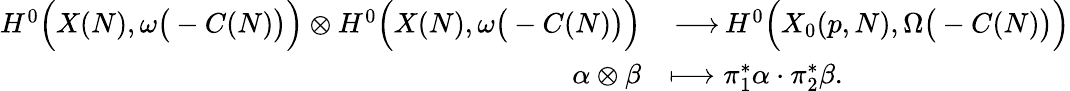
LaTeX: \begin{array}{rl}{H^{0}\Big(X(N),\omega\big(-C(N)\big)\Big)\otimes H^{0}\Big(X(N),\omega\big(-C(N)\big)\Big)}&{{\, \longrightarrow\, }H^{0}\Big(X_{0}(p,N),\Omega\big(-C(N)\big)\Big)}\\ {\alpha\otimes\beta}&{\longmapsto\pi_{1}^{*}\alpha\cdot\pi_{2}^{*}\beta.}\end{array}